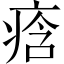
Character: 𭼒